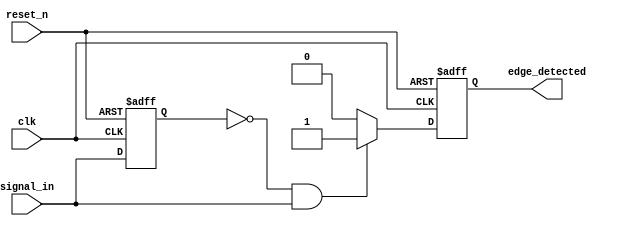
module rising_edge_detector (
    input wire clk,            // Clock input
    input wire reset_n,       // Active low reset
    input wire signal_in,      // Input signal to detect rising edge
    output reg edge_detected   // Output signal indicating rising edge
);

    reg previous_state; // Register to hold the previous state of signal_in

    // Asynchronous reset and edge detection logic
    always @(posedge clk or negedge reset_n) begin
        if (!reset_n) begin
            previous_state <= 1'b0; // Initialize previous state to 0 on reset
            edge_detected <= 1'b0;   // Initialize edge_detected to 0 on reset
        end else begin
            // Edge detection logic
            if (previous_state == 1'b0 && signal_in == 1'b1) begin
                edge_detected <= 1'b1; // Rising edge detected
            end else begin
                edge_detected <= 1'b0; // No rising edge
            end
            
            // Update previous state
            previous_state <= signal_in;
        end
    end

endmodule